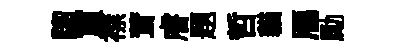
騮賔襟茸𥈠題哲貓鴈勵